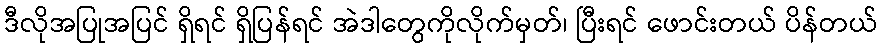
ဒီလိုအပြုအပြင် ရှိရင် ရှိပြန်ရင် အဲဒါတွေကိုလိုက်မှတ်၊ ပြီးရင် ဖောင်းတယ် ပိန်တယ်